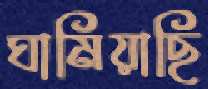
ঘামিয়াছি